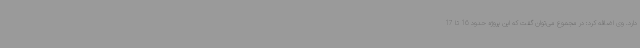
دارد. وی اضافه کرد: در مجموع می‌توان گفت که این پروژه حدود 16 تا 17